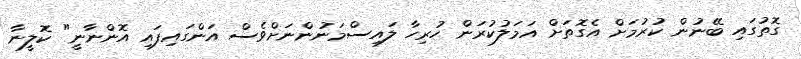
ގޮތުގައި ބޭނުން ކުރުމަށް އެގޮތަށް އަމަލުކުރަން ހުރިހާ ލައިސްމަނުންނަށްވެސް އަންގައިފައި އޮންނާނީ" ކޮލީނާ